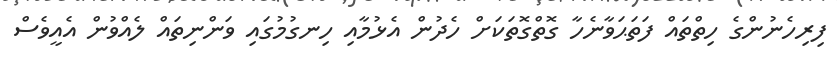
ފިރިހެނުންގެ ހިތްތައް ފަތަޙަވާނެހާ ގޮތްގޮތަކަށް ހެދުން އެޅުމާއި ހިނގުމުގައި ވަންނިތައް ލެއްވުން އެއީވެސް